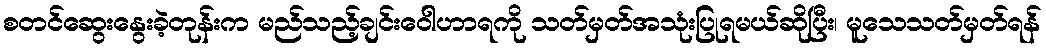
စတင်ဆွေးနွေးခဲ့တုန်းက မည်သည့်ချင်းဝေါဟာရကို သတ်မှတ်အသုံးပြုရမယ်ဆိုပြီး၊ မူသေသတ်မှတ်ရန်